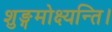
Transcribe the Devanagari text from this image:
शुङ्गमोक्ष्यन्ति।